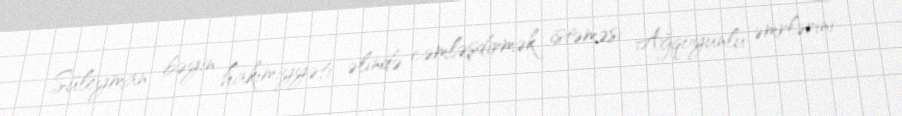
Süleyman bəyin hakimiyyəti əlində cəmləşdirmək istəməsi Ağqoyunlu əmrlərini